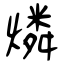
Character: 燐